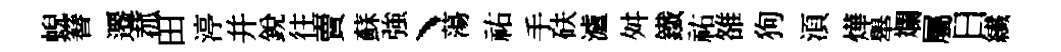
蜺簮遷菰田渟幷銳往賣蘇強丶蕩祐手砆瀘舛鐵祐雒狗湏燁舉斕屬日纎